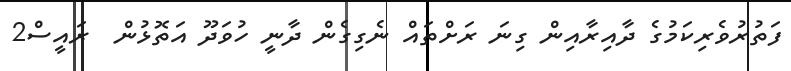
ފަތުރުވެރިކަމުގެ ދާއިރާއިން ގިނަ ރަށްތައް ނެގިގެން ދާނީ ހުވަދޫ އަތޮޅުން  ރައީސް2